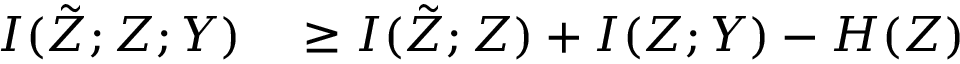
\begin{array} { r l } { I ( \tilde { Z } ; Z ; Y ) } & { { } \ge I ( \tilde { Z } ; Z ) + I ( Z ; Y ) - H ( Z ) } \end{array}